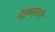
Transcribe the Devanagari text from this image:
नेदुंबस्सरी